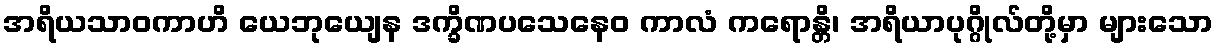
အရိယသာဝကာဟိ ယေဘုယျေန ဒက္ခိဏပသေနေဝ ကာလံ ကရောန္တိ၊ အရိယာပုဂ္ဂိုလ်တို့မှာ များသော